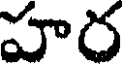
హర